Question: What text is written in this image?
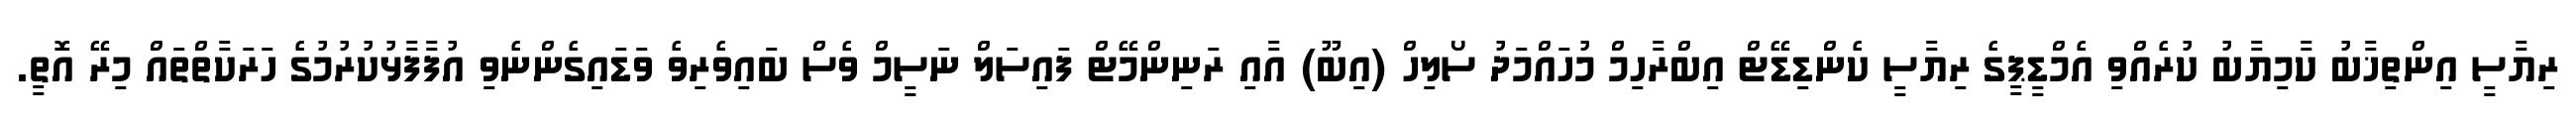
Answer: ރިޔާސީ އިންތިޚާބު ކާމިޔާބު ކުރެއްވި އެމްޑީޕީގެ ރިޔާސީ ކެންޑިޑޭޓް އިބްރާހިމް މުހައްމަދު ސޯލިހް (އިބޫ) އާއި ރަނިންމޭޓް ފައިސަލް ނަސީމް ވެސް ބައިވެރިވެ ވަޑައިގެންނެވި އުފާފާޅުކުރުމުގެ ހަރަކާތްތައް މިރޭ އޮތީ.